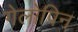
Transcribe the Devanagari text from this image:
गेलोपिन